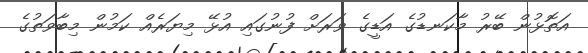
އަތޮޅުން ބޭރު މާކަނޑުގެ އަޑީގެ ވަރަށް ފުނުގައި އުޅޭ މިޔަރެއް ކަމުން މިބާވަތުގެ